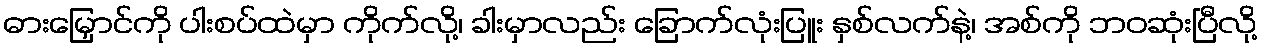
ဓားမြှောင်ကို ပါးစပ်ထဲမှာ ကိုက်လို့၊ ခါးမှာလည်း ခြောက်လုံးပြူး နှစ်လက်နဲ့၊ အစ်ကို ဘဝဆုံးပြီလို့